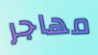
مهاجر